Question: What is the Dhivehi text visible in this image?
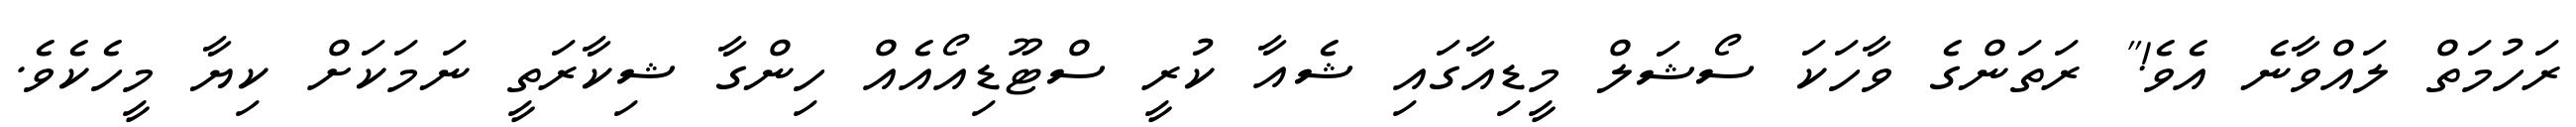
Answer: ރަހުމަތް ލައްވާނެ އެވެ!" ރަތަންގެ ވާހަކަ ސޯޝަލް މީޑިއާގައި ޝެއާ ކުރީ ސްޓޫޑިއޯއެއް ހިންގާ ޝިކާރަތީ ނަމަކަށް ކިޔާ މީހެކެވެ.